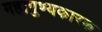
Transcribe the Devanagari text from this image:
महापुण्यकारक